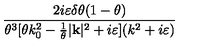
\frac { 2 i \varepsilon \delta \theta ( 1 - \theta ) } { \theta ^ { 3 } [ \theta k _ { 0 } ^ { 2 } - \frac { 1 } { \theta } | \mathbf { k } | ^ { 2 } + i \varepsilon ] ( k ^ { 2 } + i \varepsilon ) }